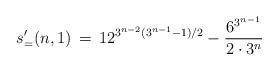
LaTeX: \begin{align*}s_='(n,1) \,=\, 12^{3^{n-2}(3^{n-1}-1)/2} - \frac{6^{3^{n-1}}}{2 \cdot 3^n}\end{align*}